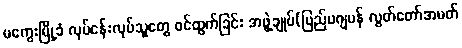
မကွေးမြို့ခံ လုပ်ငန်းလုပ်သူတွေ ဝင်ထွက်ခြင်း အဖွဲ့ချုပ်(ပြည်ပဂျပန် လွတ်တော်အမတ်